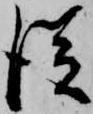
従